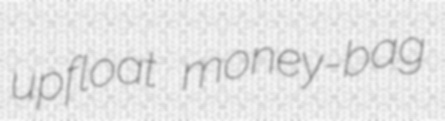
upfloat money-bag